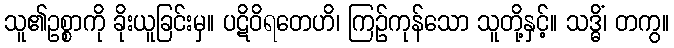
သူ၏ဥစ္စာကို ခိုးယူခြင်းမှ။ ပဋိဝိရတေဟိ၊ ကြဉ်ကုန်သော သူတို့နှင့်။ သဒ္ဓိံ၊ တကွ။